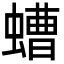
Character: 螬